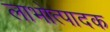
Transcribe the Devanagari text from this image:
लाभोत्पादक